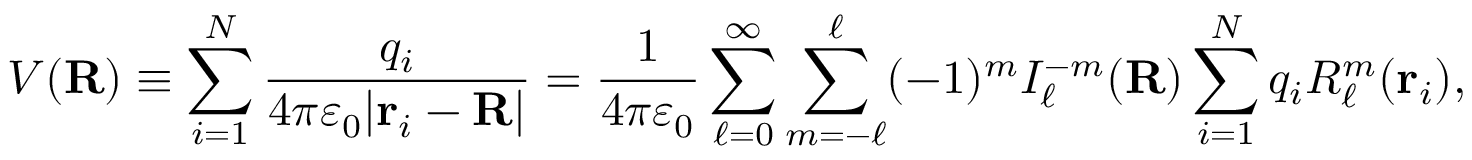
V ( \mathbf { R } ) \equiv \sum _ { i = 1 } ^ { N } { \frac { q _ { i } } { 4 \pi \varepsilon _ { 0 } | \mathbf { r } _ { i } - \mathbf { R } | } } = { \frac { 1 } { 4 \pi \varepsilon _ { 0 } } } \sum _ { \ell = 0 } ^ { \infty } \sum _ { m = - \ell } ^ { \ell } ( - 1 ) ^ { m } I _ { \ell } ^ { - m } ( \mathbf { R } ) \sum _ { i = 1 } ^ { N } q _ { i } R _ { \ell } ^ { m } ( \mathbf { r } _ { i } ) ,